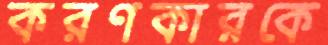
করণকারকে